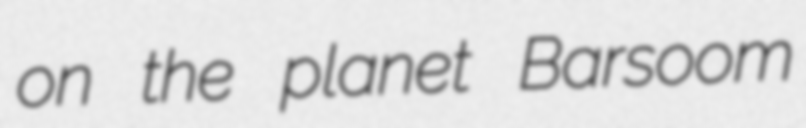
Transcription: on the planet Barsoom